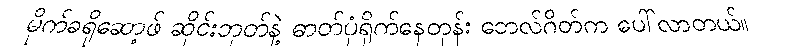
မိုက်ခရိုဆော့ဖ် ဆိုင်းဘုတ်နဲ့ ဓာတ်ပုံရိုက်နေတုန်း ဘေလ်ဂိတ်က ပေါ်လာတယ်။